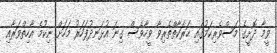
ވީމާ ދޮށީގެ މަސްވެރިކަމުގައި ޙަރަކާތްތެރިވާ ވީހާވެސް ގިނަ އުޅަނދުފަހަރު މަހަށް ނިކުމެ އާހިތްވަރާއި